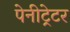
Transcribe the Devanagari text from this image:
पेनीट्रेटर